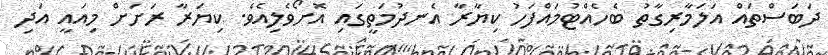
ދަބަސްތައް އަލަމާރިގާތު ބެހެއްޓުމައްފަހު ކިޔާރާ އެނދުމަތީގައި އޮށޯވެލިއެވެ. ކިޔަރާ ރަށަށް މިއައީ އަދި